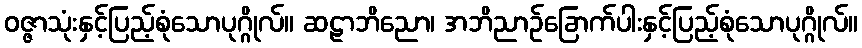
ဝဇ္ဇာသုံးနှင့်ပြည့်စုံသောပုဂ္ဂိုလ်။ ဆဠာဘိညော၊ အဘိညာဉ်ခြောက်ပါးနှင့်ပြည့်စုံသောပုဂ္ဂိုလ်။